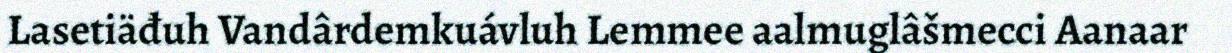
Lasetiäđuh Vandârdemkuávluh Lemmee aalmuglâšmecci Aanaar